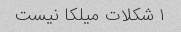
۱ شکلات میلکا نیست